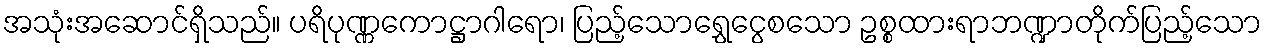
အသုံးအဆောင်ရှိသည်။ ပရိပုဏ္ဏကောဋ္ဌာဂါရော၊ ပြည့်သောရွှေငွေစသော ဥစ္စထားရာဘဏ္ဍာတိုက်ပြည့်သော